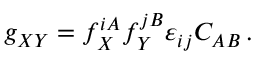
g _ { X Y } = f _ { X } ^ { i A } f _ { Y } ^ { j B } \varepsilon _ { i j } C _ { A B } \, .